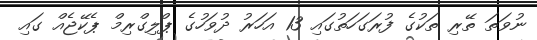
ނުވަތަ ތޭރި ތަކުގެ ފުރަގަހަތުގައި 13 އަހަރު ދުވަހުގެ ޕްލިގްރިމް ޕެކޭޖެއް ގައި